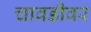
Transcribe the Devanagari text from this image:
चावडीवर